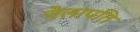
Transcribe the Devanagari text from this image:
चेलापति